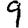
Digit: 9